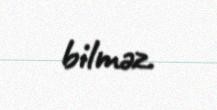
bilməz.